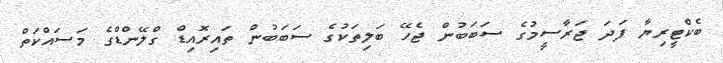
ބެކްޓީރިޔާ ފަދަ ޖަރާސީމުގެ ސަބަބުން ޖެހޭ ބަލިތަކުގެ ސަބަބުން ތައިރޮއިޑް ގްލޭންޑްގެ މަސައްކަތް